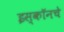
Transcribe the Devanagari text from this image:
इस्कॉनचे